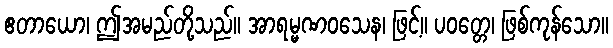
ဧတာယော၊ ဤအမည်တို့သည်။ အာရမ္မဏဝသေန၊ ဖြင့်။ ပဝတ္တေ၊ ဖြစ်ကုန်သော။